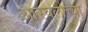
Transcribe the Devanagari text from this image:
आरवलीच्या